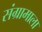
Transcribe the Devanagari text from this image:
संग्रामाला